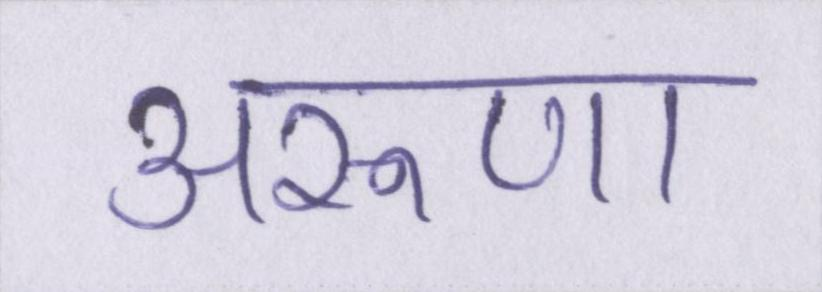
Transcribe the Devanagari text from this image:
अरूणा